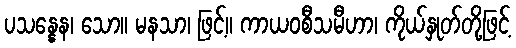
ပသန္နေန၊ သော။ မနသာ၊ ဖြင့်။ ကာယဝစီသမီဟာ၊ ကိုယ်နှုတ်တို့ဖြင့်